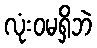
လုံးဝမရှိဘဲ